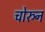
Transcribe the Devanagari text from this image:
चोरुन